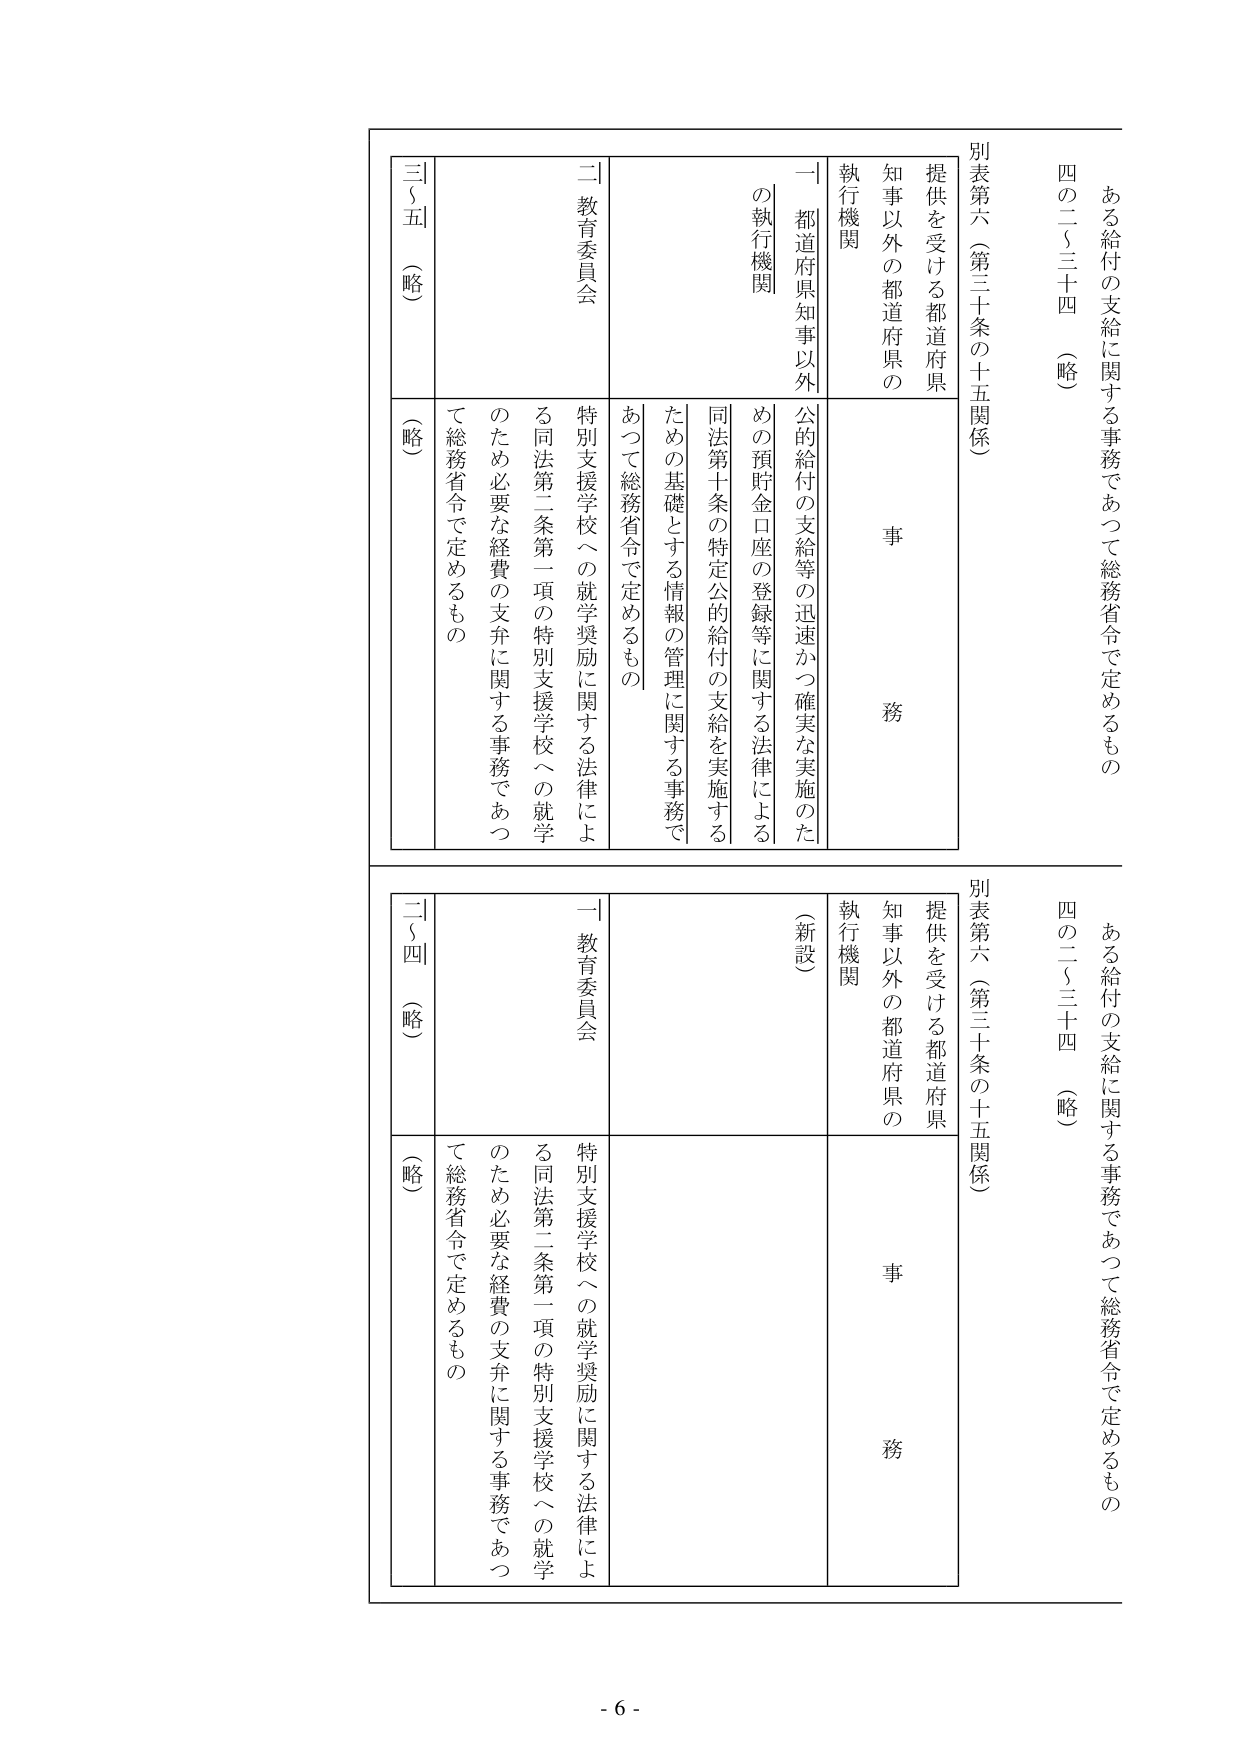
ある給付の支給に関する事務であつて総務省令で定めるもの
四の二（三十四）（略）

別表第六（第三十条の十五関係）
提供を受ける都道府県
知事以外の都道府県の
事務
執行機関

一 都道府県知事以外の執行機関
公的給付の支給等の迅速かつ確実な実施のための預貯金口座の登録等に関する法律による同法第十条の特定公的給付の支給を実施するための基礎とする情報の管理に関する事務であつて総務省令で定めるもの

二 教育委員会
特別支援学校への就学奨励に関する法律による同法第二条第一項の特別支援学校への就学のため必要な経費の支弁に関する事務であつて総務省令で定めるもの

三（五）（略）
（略）

ある給付の支給に関する事務であつて総務省令で定めるもの
四の二（三十四）（略）

別表第六（第三十条の十五関係）
提供を受ける都道府県
知事以外の都道府県の
事務
執行機関

一 教育委員会
特別支援学校への就学奨励に関する法律による同法第二条第一項の特別支援学校への就学のため必要な経費の支弁に関する事務であつて総務省令で定めるもの

二（四）（略）
（略）

- 6 -